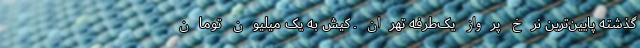
گذشته پایین‌ترین نرخ پرواز یک‌طرفه تهران ـ کیش به یک میلیون تومان